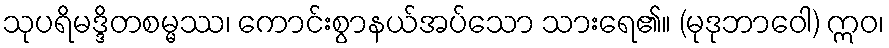
သုပရိမဒ္ဒိတစမ္မဿ၊ ကောင်းစွာနယ်အပ်သော သားရေ၏။ (မုဒုဘာဝေါ) ဣဝ၊